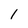
Character: 1